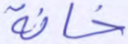
خانة